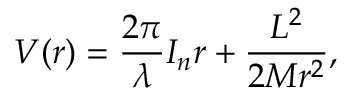
V ( r ) = \frac { 2 \pi } { \lambda } I _ { n } r + \frac { L ^ { 2 } } { 2 M r ^ { 2 } } ,